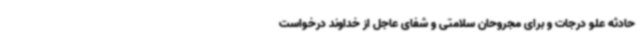
حادثه علو درجات و برای مجروحان سلامتی و شفای عاجل از خداوند درخواست